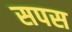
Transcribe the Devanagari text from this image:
सपस